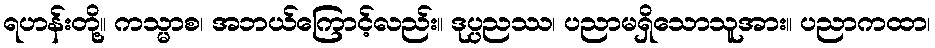
ရဟန်းတို့။ ကသ္မာစ၊ အဘယ်ကြောင့်လည်း။ ဒုပ္ပညဿ၊ ပညာမရှိသောသူအား။ ပညာကထာ၊